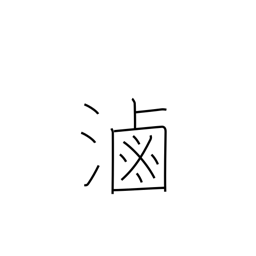
Meaning: brine